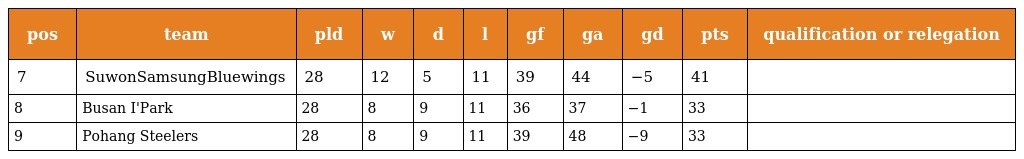
| pos | team | pld | w | d | l | gf | ga | gd | pts | qualification or relegation |
 | --- | --- | --- | --- | --- | --- | --- | --- | --- | --- | --- |
 | 7 | SuwonSamsungBluewings | 28 | 12 | 5 | 11 | 39 | 44 | −5 | 41 |  |
 | 8 | Busan I'Park | 28 | 8 | 9 | 11 | 36 | 37 | −1 | 33 |  |
 | 9 | Pohang Steelers | 28 | 8 | 9 | 11 | 39 | 48 | −9 | 33 |  |